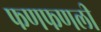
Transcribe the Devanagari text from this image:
फणफणली